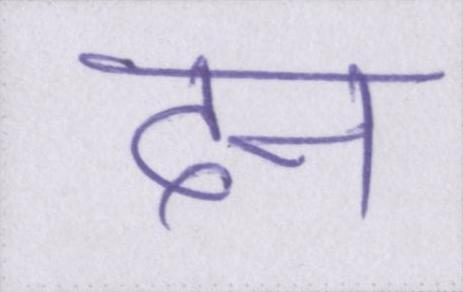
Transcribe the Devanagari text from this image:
दन